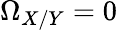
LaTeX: \Omega_{X/Y}=0